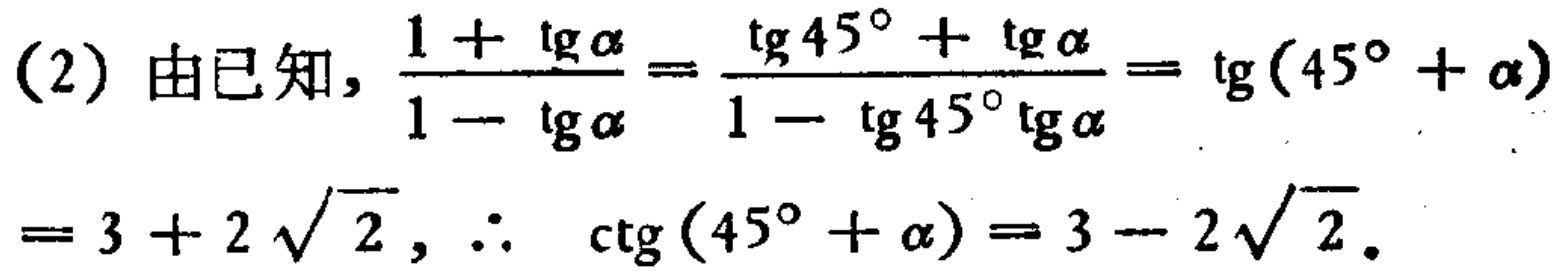
(2) 由已知, \(\frac{1 + \operatorname{tg}\alpha}{1 - \operatorname{tg}\alpha}=\frac{\operatorname{tg}45^{\circ}+\operatorname{tg}\alpha}{1 - \operatorname{tg}45^{\circ}\operatorname{tg}\alpha}=\operatorname{tg}(45^{\circ}+\alpha)\)

\(=3 + 2\sqrt{2}\), \(\therefore\ \ \operatorname{ctg}(45^{\circ}+\alpha)=3 - 2\sqrt{2}\).